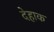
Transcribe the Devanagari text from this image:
देहाक